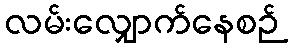
လမ်းလျှောက်နေစဉ်